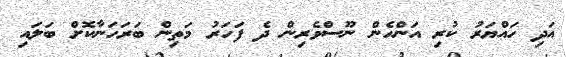
އަދި ހައްޔަރު ކުރި އަންހެން ނޫސްވެރިން ދެ ފަހަރު މަތިން ބަރަހަނާކޮށް ބަލައި